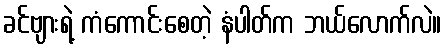
ခင်ဗျားရဲ့ ကံကောင်းစေတဲ့ နံပါတ်က ဘယ်လောက်လဲ။